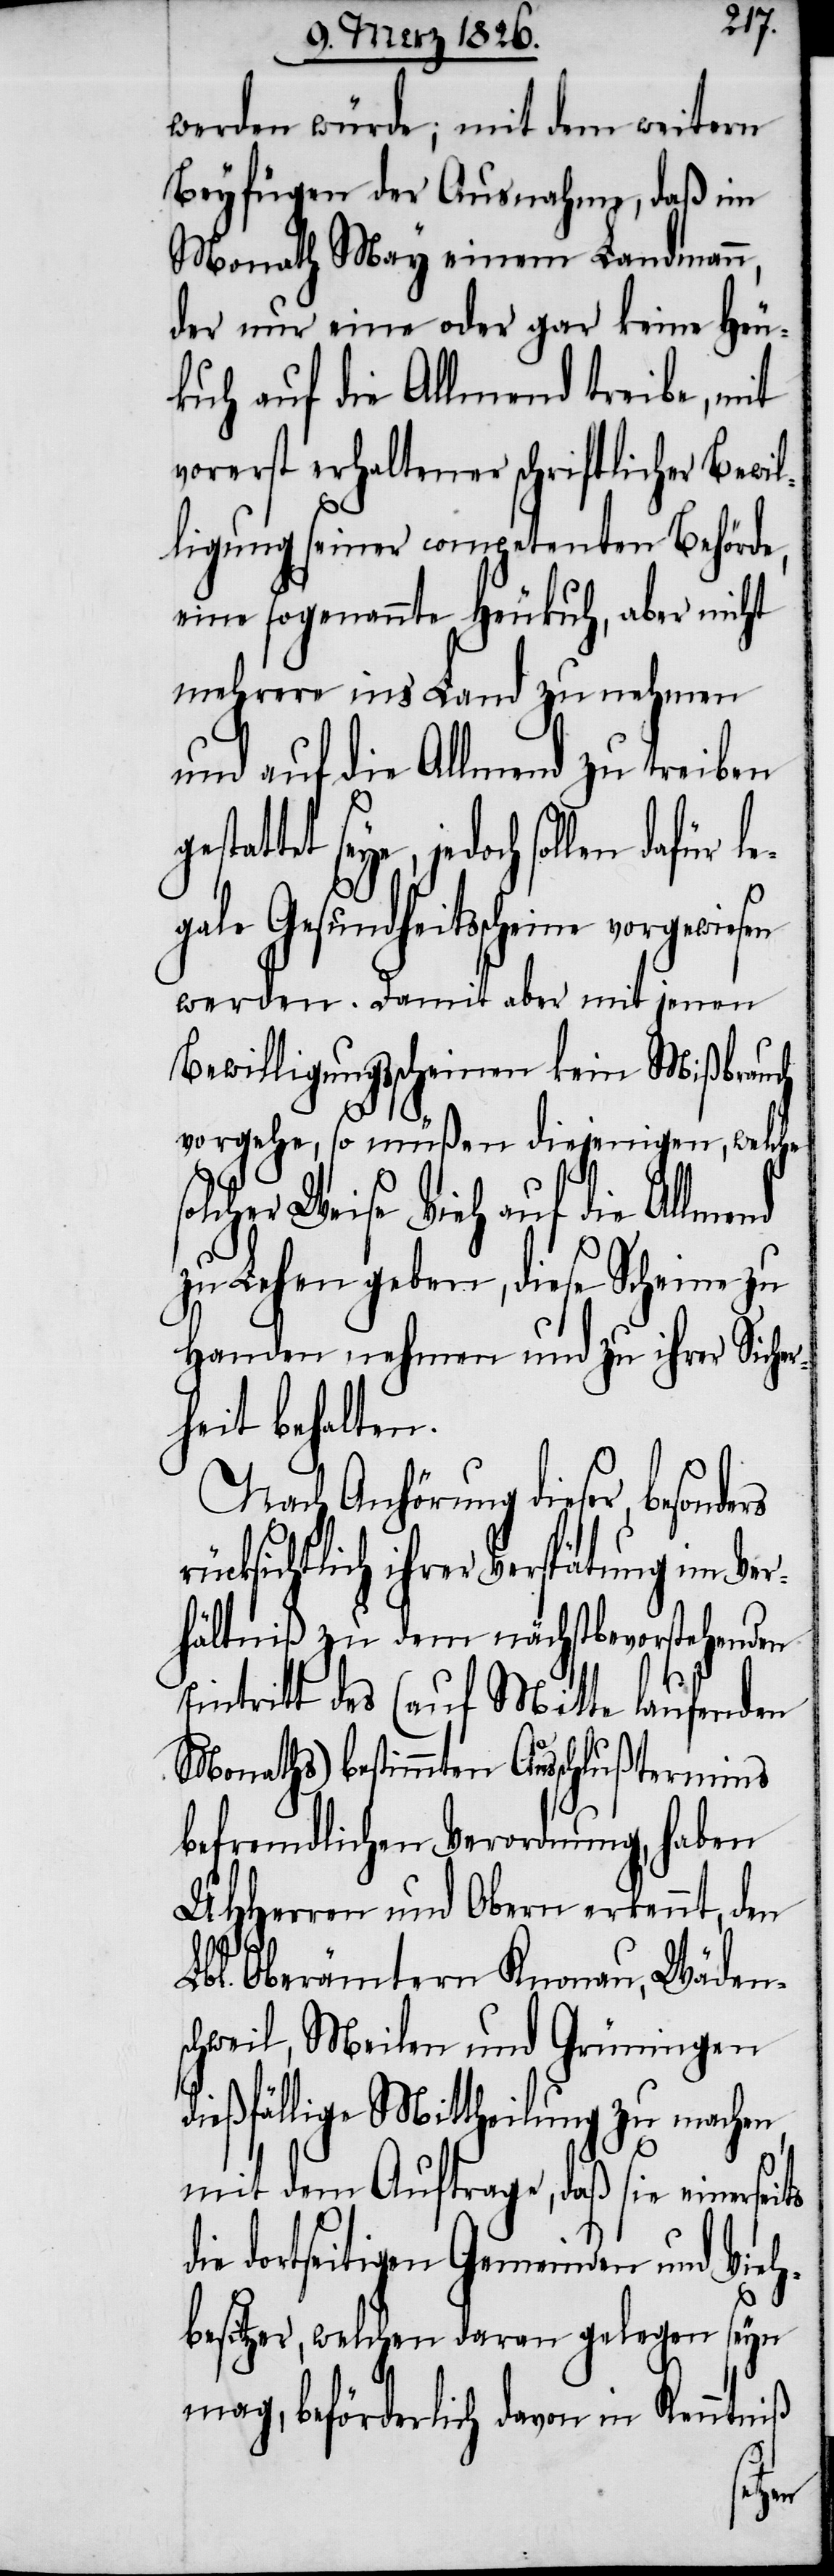
werden würde; mit dem weitern
Beyfügen der Ausnahme, daß im
Monath May einem Landmann,
der nur eine oder gar keine Heu¬
kuh auf die Allmend treibe, mit
vorerst erhaltener schriftlicher Bewi¬
lligung seiner competenten Behörde,
eine sogenannte Heukuh, aber nicht
mehrere ins Land zu nehmen
und auf die Allmend zu treiben
besonders r¬
egale Gesundheitsscheine vorgewiesen
werden. Damit aber mit jenen
Bewilligungsscheinen kein Mißbrauch
vorgehe, so müßen diejenigen, welche
Weise Vieh auf die Allm¬
zu Lehen geben, diese Scheine zu
Handen nehmen und zu ihrer Si¬
heit behalten.
Nach Anhörung dieser,
ücksichtlich ihrer Verspätung im Ve¬
rhältniß zu dem nächstbevorstehenden
Eintritt des (auf Mitte laufenden
Monaths) bestimmten Ausschlußtermins
befremdlichen Verordnung, haben
UHHerren und Obern erkennt, den
Lbl. Oberämtern Knonau, Wäden¬
schweil, Meilen und Grüningen
dießfällige Mittheilung zu machen,
mit dem Auftrage, daß sie einerseits
dortseitigen Gemeinden und Vieh¬
besitzer, welchen daran gelegen seyn
mag, beförderlich davon in Kenntniß
cher¬